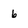
Character: 6